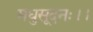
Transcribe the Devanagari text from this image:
मधुसूदनः।।